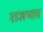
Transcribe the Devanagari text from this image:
राजभार